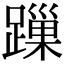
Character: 𨄓